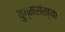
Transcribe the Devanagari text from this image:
युग्मसंख्या